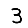
Digit: 3